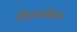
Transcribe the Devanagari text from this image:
विचारशक्तिचा